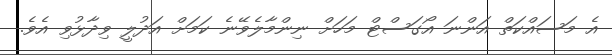
އެ މަސައްކަތް އަންނަ އޯގަސްޓް މަހަށް ނިންމާލެވޭނެ ކަމަށް އަދުލީ ވިދާޅުވި އެވެ.